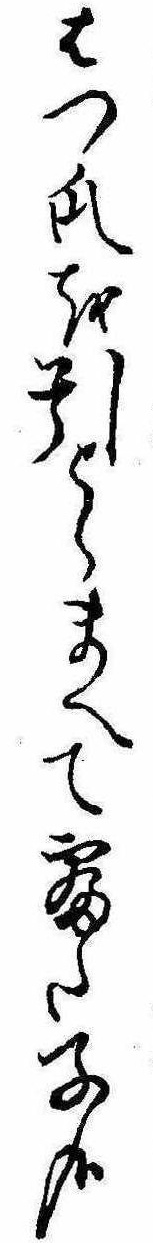
はつ瓜を引とらまへて寝た子哉